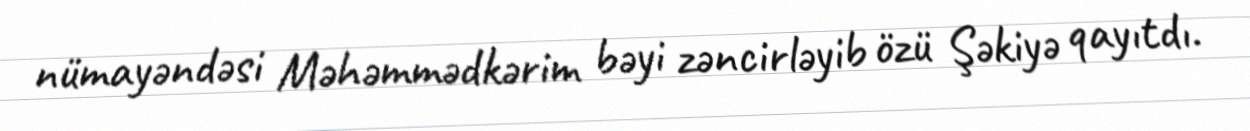
nümayəndəsi Məhəmmədkərim bəyi zəncirləyib özü Şəkiyə qayıtdı.